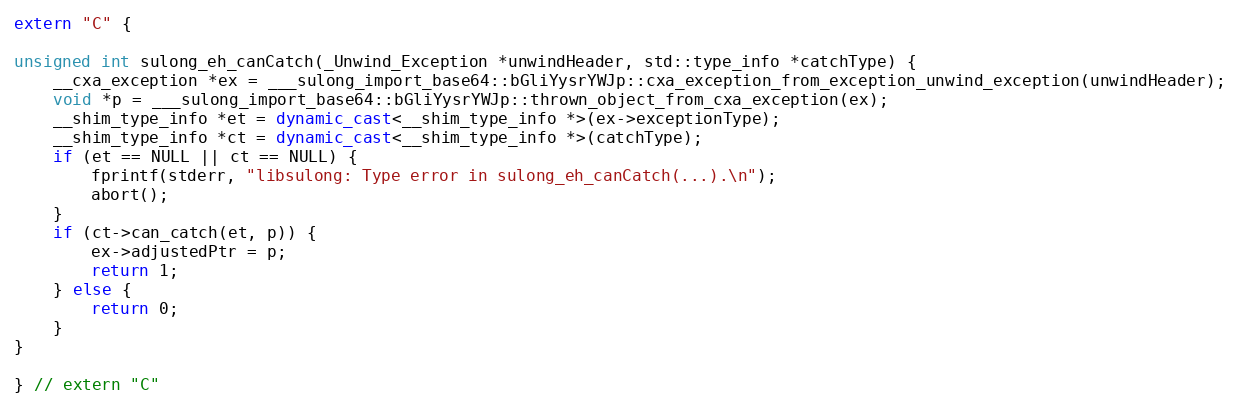
Language: C++
extern "C" {

unsigned int sulong_eh_canCatch(_Unwind_Exception *unwindHeader, std::type_info *catchType) {
    __cxa_exception *ex = ___sulong_import_base64::bGliYysrYWJp::cxa_exception_from_exception_unwind_exception(unwindHeader);
    void *p = ___sulong_import_base64::bGliYysrYWJp::thrown_object_from_cxa_exception(ex);
    __shim_type_info *et = dynamic_cast<__shim_type_info *>(ex->exceptionType);
    __shim_type_info *ct = dynamic_cast<__shim_type_info *>(catchType);
    if (et == NULL || ct == NULL) {
        fprintf(stderr, "libsulong: Type error in sulong_eh_canCatch(...).\n");
        abort();
    }
    if (ct->can_catch(et, p)) {
        ex->adjustedPtr = p;
        return 1;
    } else {
        return 0;
    }
}

} // extern "C"